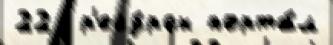
22  р'есу́рсы порта́л